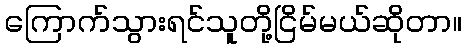
ကြောက်သွားရင်သူတို့ငြိမ်မယ်ဆိုတာ။